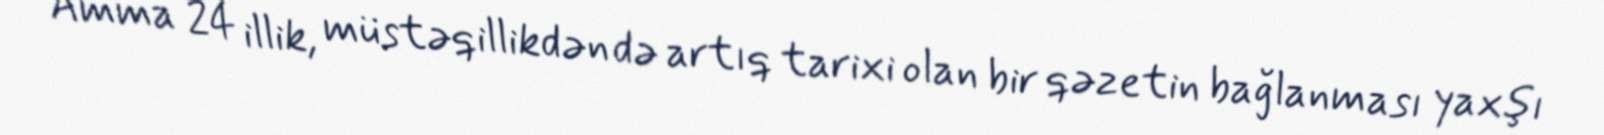
Amma 24 illik, müstəqillikdən də artıq tarixi olan bir qəzetin bağlanması yaxşı